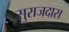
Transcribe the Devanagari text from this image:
सुराजदास